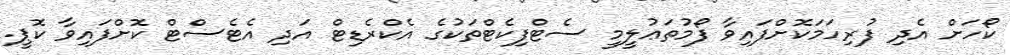
ކޯހަށް އެދި ފުރިހަމަކޮށްފައިވާ ފޯމުތަޢުލީމީ ސެޓްފިކެޓްތަކުގެ އެކްރެޑިޓް އަދި އެޓެސްޓް ކޮށްފައިވާ ކޮޕީ.